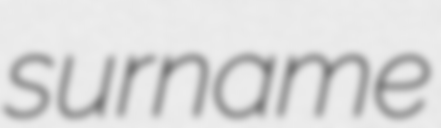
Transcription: surname